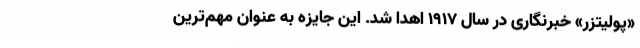
«پولیتزر» خبرنگاری در سال 1917 اهدا شد. این جایزه به عنوان مهم‌ترین